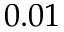
0 . 0 1